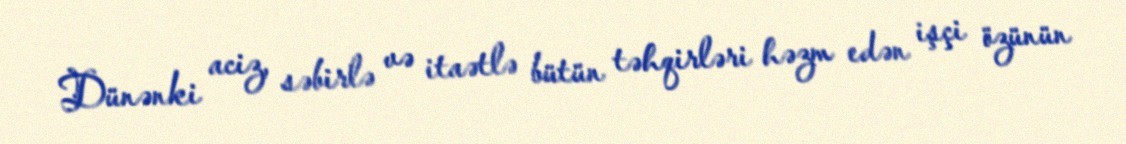
Dünənki aciz, səbirlə və itaətlə bütün təhqirləri həzm edən işçi özünün